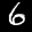
Label: 6